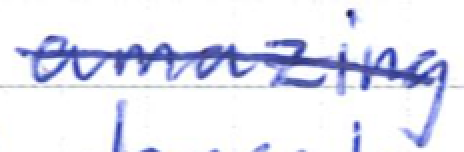
Text: amazing
Cross-out: single-line
Writing tool: ballpoint